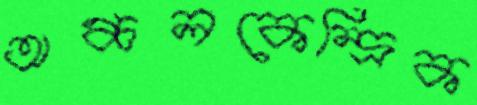
অঞ্চলকেন্দ্রিক